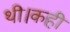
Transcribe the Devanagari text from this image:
थी।कही